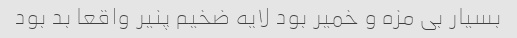
بسیار بی مزه و خمیر بود لایه ضخیم پنیر واقعا بد بود